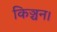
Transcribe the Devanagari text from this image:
किञ्चन।